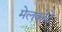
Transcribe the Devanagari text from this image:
मेलकोटे